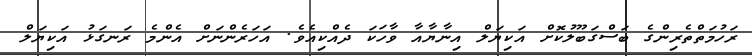
ރަހުމަތްތެރިންގެ ބަސްގަބޫލުކޮށް އަކިޔަލް އިނާޔާއާ ވާހަކަ ދެއްކިއެވެ. އަހަރެންނަށް އެންމެ ރަނގަޅު އަކިޔަލް